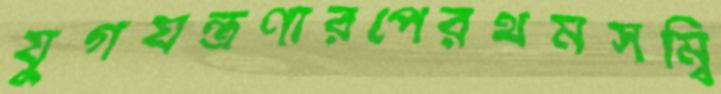
যুগযন্ত্রণারপেরথমসম্বি